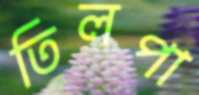
তিলপা